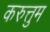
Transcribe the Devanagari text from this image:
करुत्तुम